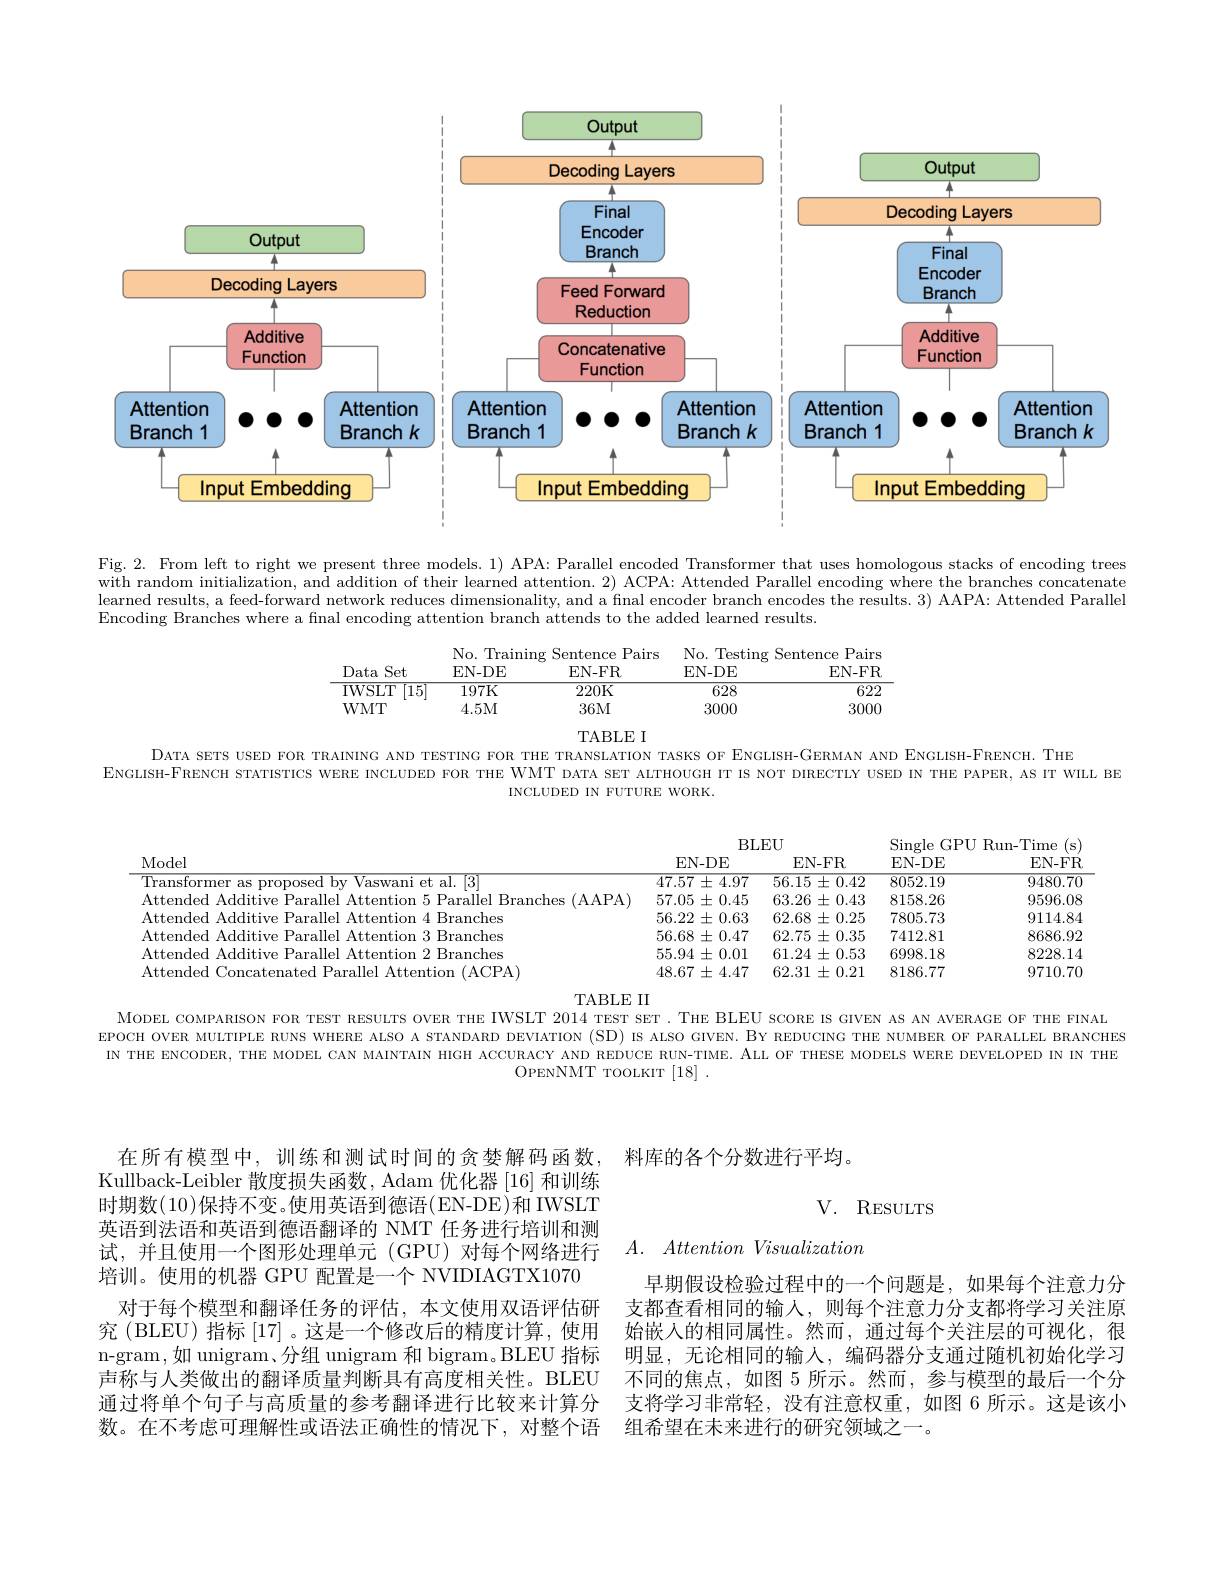
<FigureHere>

Fig. 2. From left to right we present three models. 1) APA: Parallel encoded Transformer that uses homologous stacks of encoding trees with random initialization, and addition of their learned attention. 2) ACPA: Attended Parallel encoding where the branches concatenate learned results, a feed-forward network reduces dimensionality, and a final encoder branch encodes the results. 3) AAPA: Attended Parallel Encoding Branches where a final encoding attention branch attends to the added learned results.

<table>
	<tbody>
		<tr>
			<th>Data</th>
			<th>No. Tr $t$ EN- DI</th>
			<th>Pairs ning Sentence EN- FR</th>
			<th>No. Testing S EN-DE</th>
			<th>: Pairs Sentence EN- FR</th>
		</tr>
		<tr>
			<td>$\mathrm{IWSL}^{\prime}$</td>
			<td>$\overline{[15]}$ $\overline{197\text{K}}$</td>
			<td>220K</td>
			<td>$\overline{628}$</td>
			<td>$\overline{622}$</td>
		</tr>
		<tr>
			<td>WMT</td>
			<td>4.5M</td>
			<td>36M</td>
			<td>3000</td>
			<td>3000</td>
		</tr>
	</tbody>
</table>

TABLE I

DATA SETS USED FOR TRAINING AND TESTING FOR THE TRANSLATION TASKS OF ENGLISH-GERMAN AND ENGLISH-FRENCH. THE

ENGLISH-FRENCH STATISTICS WERE INCIUDED FOR THE WMT DATA SET ALTHOUGH IT IS NOT DIRECTLY USED IN THE PAPER, AS IT WIILL BE

INCLUDED IN FUTURE WORK.

<FigureHere>

MoDEL COMPARISON FOR TEST RESULTS OVER THE IWSLT 2014 TEST SET. THE BLEU SCORE IS GIVEN AS AN AVERAGE OF THE FINAL

EPOCH OVER MULTIPLE RUNS WHERE ALSO A STANDARD DEVIATION (SD) IS ALSO GIVEN. BY REDUCING THE NUMBER OF PARALLEL BRANCHES IN THE ENCODER, THE MODEL CAN MAINTAIN HIGH ACCURACY AND REDUCE RUN-TIME. ALL OF THESE MODELS WERE DEVELOPED IN IN THE
OPENNMT TOOLKIT [18].

Kullback-Leibler 散度损失函数，Adam 优化器 [16] 和训练时期数(10)保持不变。使用英语到德语(EN-DE)和 IWSLT 英语到法语和英语到德语翻译的 NMT 任务进行培训和测试，并且使用一个图形处理单元(GPU)对每个网络进行培训。使用的机器 GPU 配置是一个 NVIDIAGTX1070
对于每个模型和翻译任务的评估，本文使用双语评估研究 (BLEU) 指标 [17] 。这是一个修改后的精度计算，使用n-gram,如 unigram、分组 unigram 和 bigram。BLEU 指标声称与人类做出的翻译质量判断具有高度相关性。BLEU 通过将单个句子与高质量的参考翻译进行比较来计算分数。在不考虑可理解性或语法正确性的情况下，对整个语

在所有模型中，训练和测试时间的贪婪解码函数，料库的各个分数进行平均

# V. RESULTS

$A.$ Attention Visualization

早期假设检验过程中的一个问题是，如果每个注意力分支都查看相同的输人，则每个注意力分支都将学习关注原始嵌入的相同属性。然而，通过每个关注层的可视化，很明显，无论相同的输入，编码器分支通过随机初始化学习不同的焦点，如图 5 所示。然而，参与模型的最后一个分支将学习非常轻，没有注意权重，如图 6 所示。这是该小组希望在未来进行的研究领域之一。